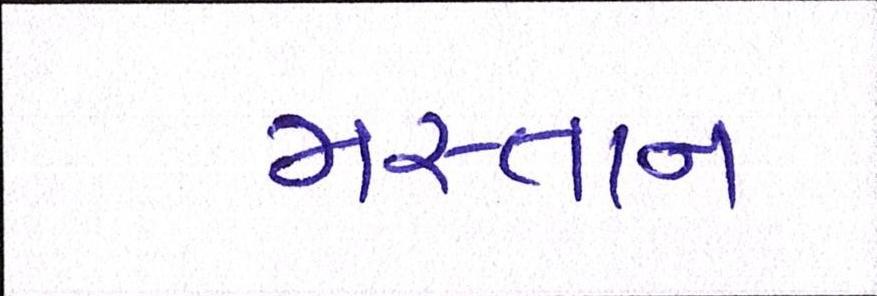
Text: મસ્તાન